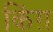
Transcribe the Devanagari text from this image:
किंग़